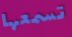
تسمعها